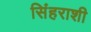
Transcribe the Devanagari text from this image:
सिंहराशी